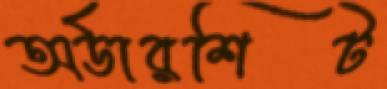
অর্ডারশিট